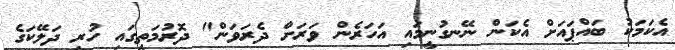
އެކަމަކު ބައްޕައަށް އެކަން ނޭނގުނީމައި އަހަރެން ވަރަށް ދެރަވަން" ދޮރުމަތީގައި ހުރި ދަލޭކަގެ